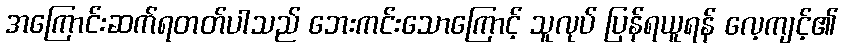
အကြောင်းဆက်ရတတ်ပါသည် ဘေးကင်းသောကြောင့် သူလုပ် ပြန်ရယူရန် လေ့ကျင့်၏